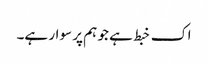
اک خبط ہے جو ہم پر سوار ہے۔